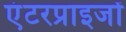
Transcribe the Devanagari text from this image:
एंटरप्राइजों